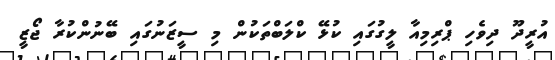
އުރީދޫ ދިވެހި ޕްރިމިއާ ލީގުގައި ކުޅޭ ކްލަބްތަކުން މި ސީޒަނުގައި ބޭނުންކުރާ ޖޯޒީ